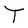
Character: T